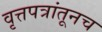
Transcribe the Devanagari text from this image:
वृत्तपत्रांतूनच